Vaccination United Provinces of Agra and Oudh 1923-1928 - 1923-1928
Year: 1923
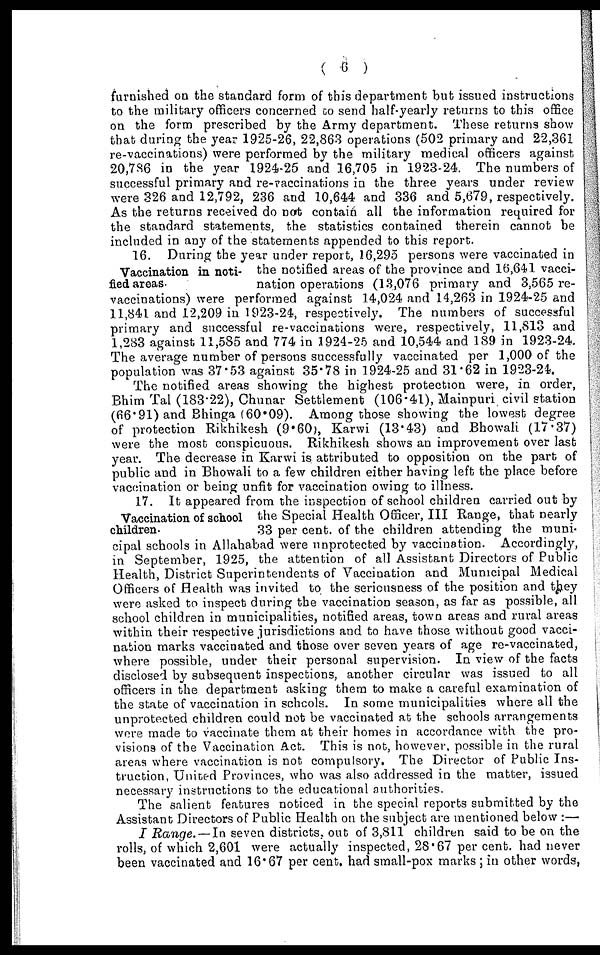
( 6 )
furnished on the standard form of this department but issued instructions
to the military officers concerned to send half-yearly returns to this office
on the form prescribed by the Army department. These returns show
that during the year 1925-26, 22,863 operations (502 primary and 22,361
re-vaccinations) were performed by the military medical officers against
20,786 in the year 1924-25 and 16,705 in 1923-24. The numbers of
successful primary and re-vaccinations in the three years under review
were 326 and 12,792, 236 and 10,644 and 336 and 5,679, respectively.
As the returns received do not contain all the information required for
the standard statements, the statistics contained therein cannot be
included in any of the statements appended to this report.
Vaccination in noti-
fied areas-
16. During the year under report, 16,295 persons were vaccinated in
the notified areas of the province and 16,641 vacci-
nation operations (13,076 primary and 3,565 re¬
vaccinations) were performed against 14,024 and 14,263 in 1924-25 and
11,841 and 12,209 in 1923-24, respectively. The numbers of successful
primary and successful re-vaccinations were, respectively, 11,813 and
1,283 against 11,585 and 774 in 1924-25 and 10,544 and 189 in 1923-24.
The average number of persons successfully vaccinated per 1,000 of the
population was 37.53 against 35.78 in 1924-25 and 31.62 in 1923-24.
The notified areas showing the highest protection were, in order,
Bhim Tal (183.22), Chunar Settlement (106.41), Mainpuri civil station
(66.91) and Bhinga (60.09). Among those showing the lowest degree
of protection Rikhikesh (9.60), Karwi (13.43) and Bhowali (17.37)
were the most conspicuous. Rikhikesh shows an improvement over last
year. The decrease in Karwi is attributed to opposition on the part of
public and in Bhowali to a few children either having left the place before
vaccination or being unfit for vaccination owing to illness.
Vaccination of school
children.
17. It appeared from the inspection of school children carried out by
the Special Health Officer, III Range, that nearly
33 per cent. of the children attending the muni-
cipal schools in Allahabad were unprotected by vaccination. Accordingly,
in September, 1925, the attention of all Assistant Directors of Public
Health, District Superintendents of Vaccination and Municipal Medical
Officers of Health was invited to the seriousness of the position and they
were asked to inspect during the vaccination season, as far as possible, all
school children in municipalities, notified areas, town areas and rural areas
within their respective jurisdictions and to have those without good vacci-
nation marks vaccinated and those over seven years of age re-vaccinated,
where possible, under their personal supervision. In view of the facts
disclosed by subsequent inspections, another circular was issued to all
officers in the department asking them to make a careful examination of
the state of vaccination in schools. In some municipalities where all the
unprotected children could not be vaccinated at the schools arrangements
were made to vaccinate them at their homes in accordance with the pro-
visions of the Vaccination Act. This is not, however, possible in the rural
areas where vaccination is not compulsory. The Director of Public Ins-
truction, United Provinces, who was also addressed in the matter, issued
necessary instructions to the educational authorities.
The salient features noticed in the special reports submitted by the
Assistant Directors of Public Health on the subject are mentioned below :—
I Range. — In seven districts, out of 3,811 children said to be on the
rolls, of which 2,601 were actually inspected, 28.67 per cent. had never
been vaccinated and 16.67 per cent. had small-pox marks; in other words,